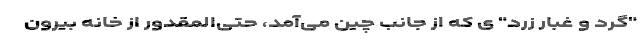
"گرد و غبار زرد" ی که از جانب چین می‌آمد، حتی‌المقدور از خانه بیرون